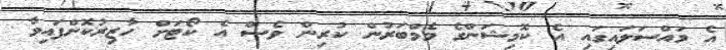
އެ މައްސަލައިގައި އެ ކޮމިޝަންގެ މެމްބަރުން ކުރިން ވެސް އެ ކޯޓަށް ހާޒިރުކޮށްފައިވާ